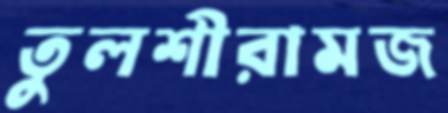
তুলশীরামজ